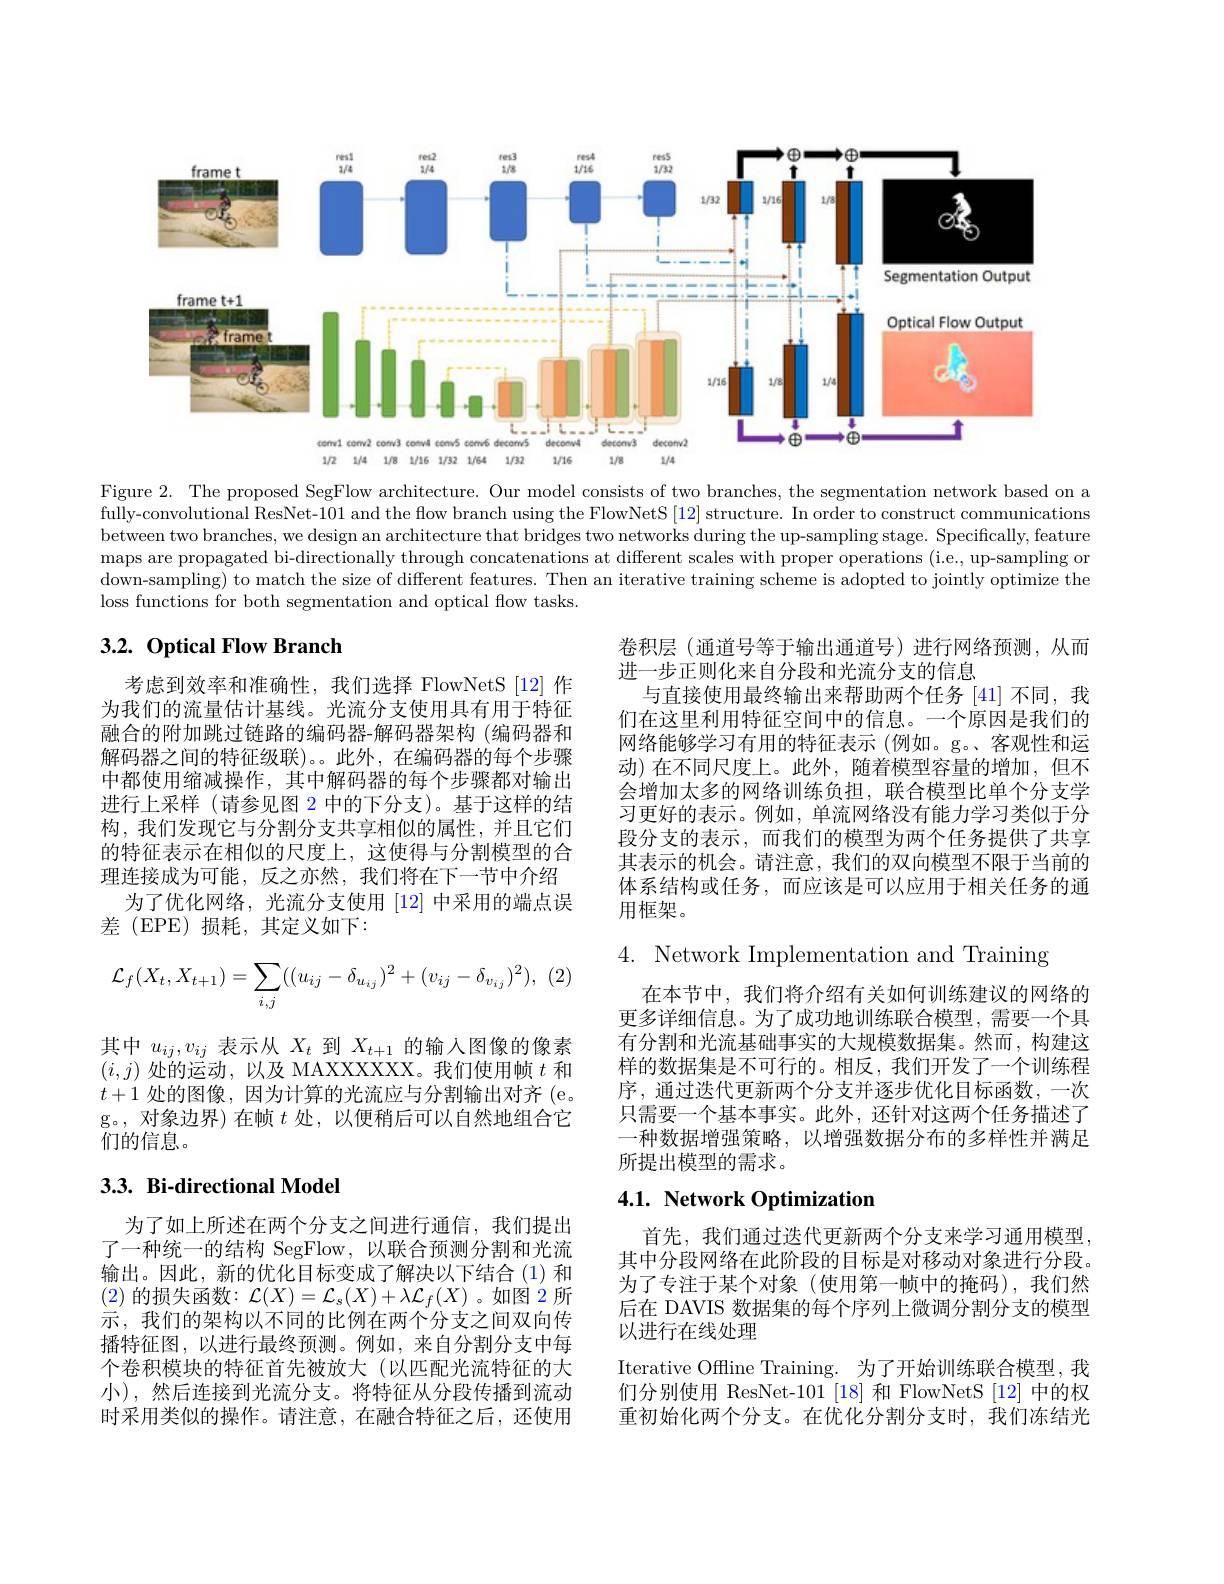
<FigureHere>

Figure 2. The proposed SegFlow architecture. Our model consists of two branches, the segmentation network based on a fully-convolutional ResNet-101 and the flow branch using the FlowNetS [12] structure. In order to construct communications between two branches, we design an architecture that bridges two networks during the up-sampling stage. Specifically, feature maps are propagated bi-directionally through concatenations at different scales with proper operations (i.e., up-sampling or down-sampling) to match the size of different features. Then an iterative training scheme is adopted to jointly optimize the loss functions for both segmentation and optical flow tasks.

## $3. 2. \textbf{Optical Flow Branch}$

卷积层 (通道号等于输出通道号)进行网络预测，从而
进一步正则化来自分段和光流分支的信息
与直接使用最终输出来帮助两个任务 [41] 不同，我们在这里利用特征空间中的信息。一个原因是我们的网络能够学习有用的特征表示 (例如。g。、客观性和运动)在不同尺度上。此外，随着模型容量的增加，但不会增加太多的网络训练负担，联合模型比单个分支学习更好的表示。例如，单流网络没有能力学习类似于分段分支的表示，而我们的模型为两个任务提供了共享其表示的机会。请注意，我们的双向模型不限于当前的体系结构或任务，而应该是可以应用于相关任务的通用框架。

考虑到效率和准确性，我们选择 FlowNetS [12] 作为我们的流量估计基线。光流分支使用具有用于特征融合的附加跳过链路的编码器-解码器架构 (编码器和解码器之间的特征级联)。。此外，在编码器的每个步骤中都使用缩减操作，其中解码器的每个步骤都对输出进行上采样 (请参见图 2 中的下分支)。基于这样的结构，我们发现它与分割分支共享相似的属性，并且它们的特征表示在相似的尺度上，这使得与分割模型的合理连接成为可能，反之亦然，我们将在下一节中介绍
为了优化网络，光流分支使用 [12] 中采用的端点误
差(EPE)损耗，其定义如下：
$$\begin{aligned}\mathcal{L}_f(X_t,X_{t+1})=\sum_{i,j}((u_{ij}-\delta_{u_{ij}})^2+(v_{ij}-\delta_{v_{ij}})^2),\end{aligned}$$
其中$u_{ij},v_{ij}$表示从$X_t$到$X_t+1$的输入图像的像素$(i,j)$处的运动，以及 MAXXXXXX。我们使用帧$t$和$t+1$处的图像，因为计算的光流应与分割输出对齐 (e。g。,对象边界)在帧$t$处，以便稍后可以自然地组合它们的信息。

4. Network Implementation and Training

在本节中，我们将介绍有关如何训练建议的网络的更多详细信息。为了成功地训练联合模型，需要一个具有分割和光流基础事实的大规模数据集。然而，构建这样的数据集是不可行的。相反，我们开发了一个训练程序，通过迭代更新两个分支并逐步优化目标函数，一次只需要一个基本事实。此外，还针对这两个任务描述了一种数据增强策略，以增强数据分布的多样性并满足所提出模型的需求。

## $3. 3. \textbf{Bi- directional Model}$

# 4.1. Network Optimization

为了如上所述在两个分支之间进行通信，我们提出了一种统一的结构 SegFlow,以联合预测分割和光流输出。因此，新的优化目标变成了解决以下结合(1)和(2) 的损失函数$:\mathcal{L}(X)=\mathcal{L}_s(X)+\lambda\mathcal{L}_f(X)$ 。如图 2 所示，我们的架构以不同的比例在两个分支之间双向传播特征图，以进行最终预测。例如，来自分割分支中每个卷积模块的特征首先被放大(以匹配光流特征的大小),然后连接到光流分支。将特征从分段传播到流动时采用类似的操作。请注意，在融合特征之后，还使用

首先，我们通过迭代更新两个分支来学习通用模型其中分段网络在此阶段的目标是对移动对象进行分段。为了专注于某个对象(使用第一帧中的掩码),我们然后在 DAVIS 数据集的每个序列上微调分割分支的模型以进行在线处理
Iterative Offline Training. 为了开始训练联合模型，我们分别使用 ResNet-101 [18] 和 FlowNetS [12] 中的权重初始化两个分支。在优化分割分支时，我们冻结光